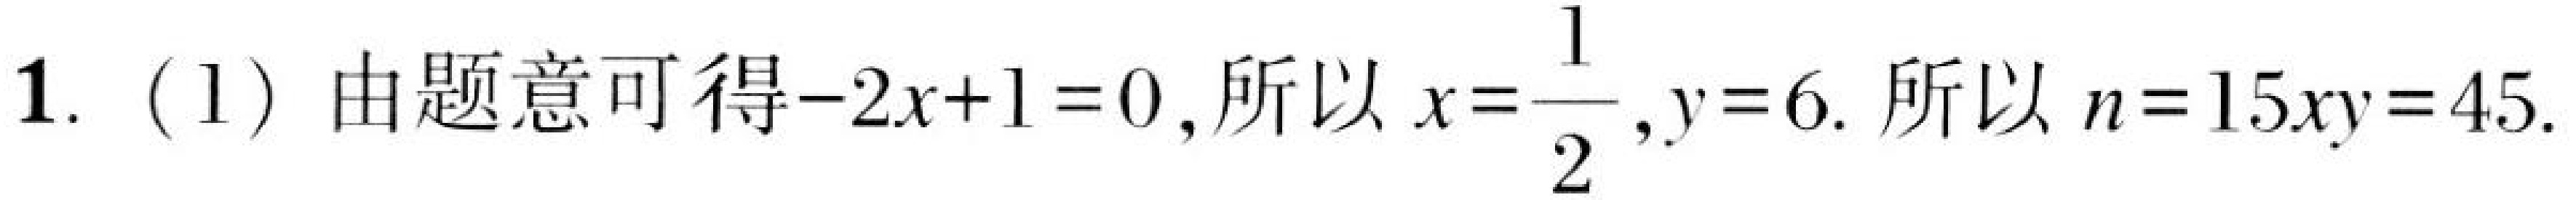
1. (1) 由题意可得\(-2x + 1 = 0\),所以 \(x=\frac{1}{2}\),\(y = 6\). 所以 \(n = 15xy=45\).